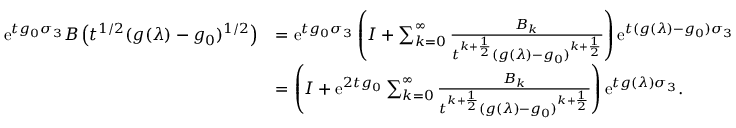
\begin{array} { r l } { \mathrm { e } ^ { t g _ { 0 } \sigma _ { 3 } } B \left( t ^ { 1 / 2 } ( g ( \lambda ) - g _ { 0 } ) ^ { 1 / 2 } \right) } & { = \mathrm { e } ^ { t g _ { 0 } \sigma _ { 3 } } \left( I + \sum _ { k = 0 } ^ { \infty } \frac { B _ { k } } { t ^ { k + \frac { 1 } { 2 } } ( g ( \lambda ) - g _ { 0 } ) ^ { k + \frac { 1 } { 2 } } } \right) \mathrm { e } ^ { t ( g ( \lambda ) - g _ { 0 } ) \sigma _ { 3 } } } \\ & { = \left( I + \mathrm { e } ^ { 2 t g _ { 0 } } \sum _ { k = 0 } ^ { \infty } \frac { B _ { k } } { t ^ { k + \frac { 1 } { 2 } } ( g ( \lambda ) - g _ { 0 } ) ^ { k + \frac { 1 } { 2 } } } \right) \mathrm { e } ^ { t g ( \lambda ) \sigma _ { 3 } } . } \end{array}